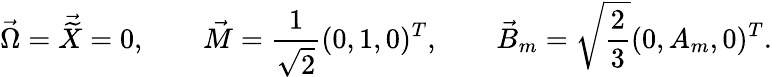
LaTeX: \vec{\Omega}=\vec{\widetilde{X}}=0,\qquad\vec{M}=\frac{1}{\sqrt{2}}(0,1,0)^{T},\qquad\vec{B}_{m}=\sqrt{\frac{2}{3}}(0,A_{m},0)^{T}.